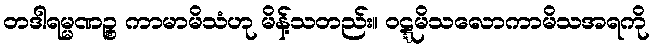
တဒါရမ္မဏဉ္စ ကာမာမိသံဟု မိန့်သတည်း။ ဝဋ္ဋမိသလောကာမိသအရကို